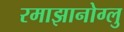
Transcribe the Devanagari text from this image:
रमाझानोग्लु